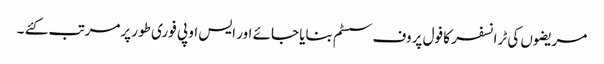
مریضوں کی ٹرانسفر کا فول پروف سسٹم بنایا جائے اور ایس او پی فوری طو رپرمرتب کئے ۔